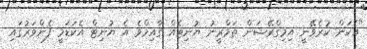
"އެކަން ކުރެވޭނީ އިމިގްރޭޝަން ތަމްރީނު ޔުނިޓެއް ގާއިމްވެ އެ ޔުނިޓް އެކަޑަމީ ފެންވަރުގައި